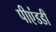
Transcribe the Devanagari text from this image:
पीएंडडी